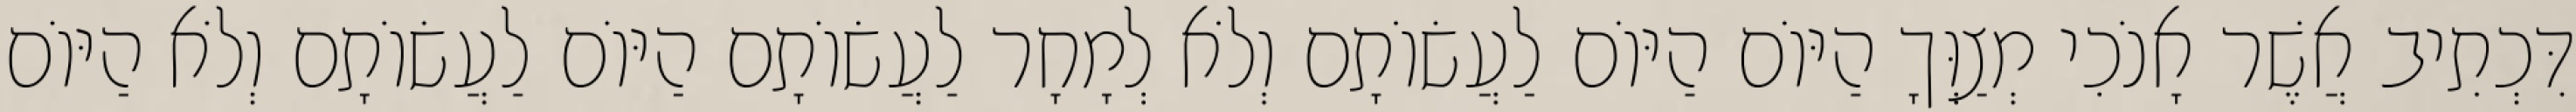
דִּכְתִיב אֲשֶׁר אָנֹכִי מְצַוְּךָ הַיּוֹם הַיּוֹם לַעֲשׂוֹתָם וְלֹא לְמָחָר לַעֲשׂוֹתָם הַיּוֹם לַעֲשׂוֹתָם וְלֹא הַיּוֹם